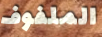
الملفوف